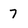
Character: 7